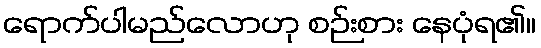
ရောက်ပါမည်လောဟု စဉ်းစား နေပုံရ၏။